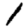
Digit: 1